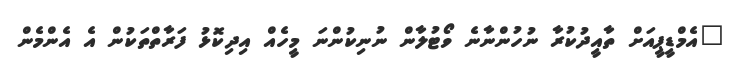
"އެމްޑީޕީއަށް ތާއީދުކުރާ ނުހުންނާނެ ވޯޓުލާން ނުނިކުންނަ މީހެއް އިދިކޮޅު ފަރާތްތަކުން އެ އެންމެން